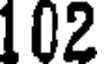
102